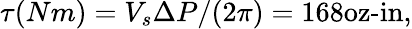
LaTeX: \tau(Nm)=V_{s}\Delta P/(2\pi)=168\textrm{oz-in,}